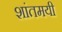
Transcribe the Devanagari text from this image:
शांतमयी